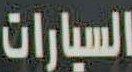
السيارات